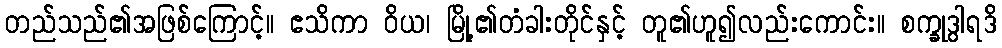
တည်သည်၏အဖြစ်ကြောင့်။ ဧသိကာ ဝိယ၊ မြို့၏တံခါးတိုင်နှင့် တူ၏ဟူ၍လည်းကောင်း။ စက္ခုဒွါရဒိ